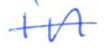
Text: in
Cross-out: single-line
Writing tool: ballpoint